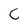
Character: C